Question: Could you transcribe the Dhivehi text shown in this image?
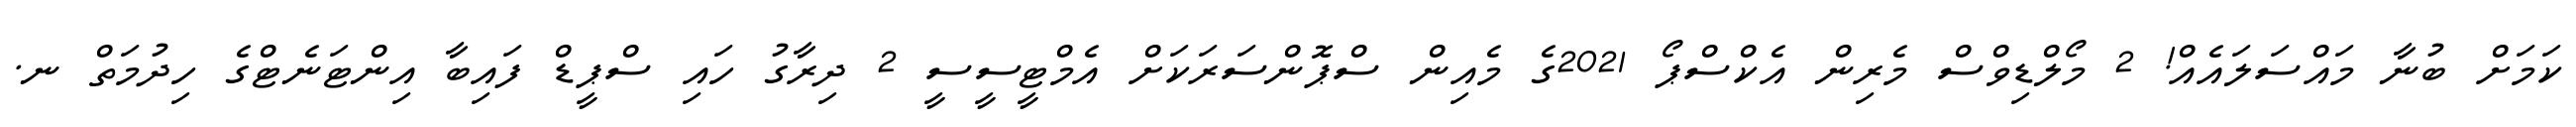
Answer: ކަމަށް ބުނާ މައްސަލައެއް! 2 މޯލްޑިވްސް މެރިން އެކްސްޕޯ 2021ގެ މެއިން ސްޕޮންސަރަކަށް އެމްޓީސީސީ 2 ދިރާގު ހައި ސްޕީޑް ފައިބާ އިންޓަނެޓްގެ ހިދުމަތް ނ.